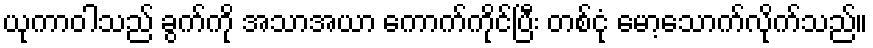
ယုကာဝါသည် ခွက်ကို အသာအယာ ကောက်ကိုင်ပြီး တစ်ငုံ မော့သောက်လိုက်သည်။